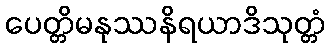
ပေတ္တိမနုဿနိရယာဒိသုတ္တံ